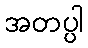
အတပ္ပါ